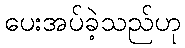
ပေးအပ်ခဲ့သည်ဟု